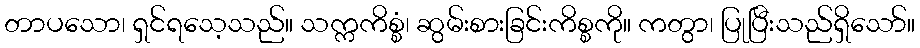
တာပသော၊ ရှင်ရသေ့သည်။ သက္ကကိစ္စံ၊ ဆွမ်းစားခြင်းကိစ္စကို။ ကတွာ၊ ပြုပြီးသည်ရှိသော်။